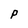
Character: P